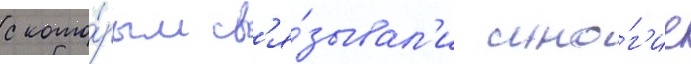
с кото́рым св'я́зывал'и мно́г'ие